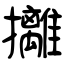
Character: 攡